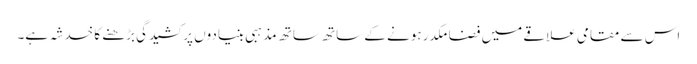
اس سے مقامی علاقے میں فضا مکدر ہونے کے ساتھ ساتھ مذہبی بنیادوں پر کشیدگی بڑھنے کا خدشہ ہے۔